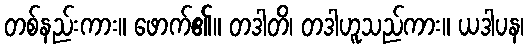
တစ်နည်းကား။ ဖောက်၏။ တဒါတိ၊ တဒါဟူသည်ကား။ ယဒါပန၊